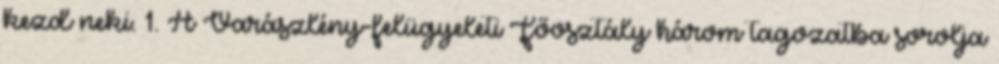
kezd neki. 1. A Varászlény-felügyeleti Főosztály három tagozatba sorolja